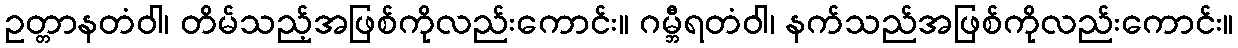
ဥတ္တာနတံဝါ၊ တိမ်သည့်အဖြစ်ကိုလည်းကောင်း။ ဂမ္ဘီရတံဝါ၊ နက်သည်အဖြစ်ကိုလည်းကောင်း။